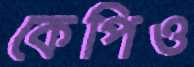
কেপিও